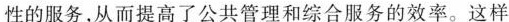
性的服务，从而提高了公共管理和综合服务的效率。这样